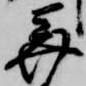
美